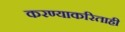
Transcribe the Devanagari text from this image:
करण्याकरिताही